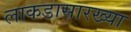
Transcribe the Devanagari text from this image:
लाकडासारख्या